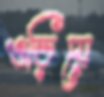
ওড়িয়ে